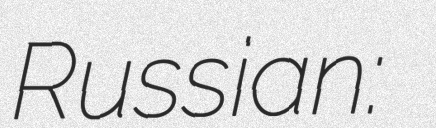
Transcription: Russian: Свердловский